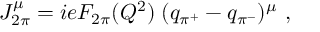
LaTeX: J _ { 2 \pi } ^ { \mu } = i e F _ { 2 \pi } ( Q ^ { 2 } ) \; ( q _ { \pi ^ { + } } - q _ { \pi ^ { - } } ) ^ { \mu } ~ ,